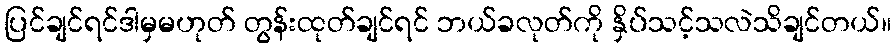
ပြင်ချင်ရင်ဒါမှမဟုတ် တွန်းထုတ်ချင်ရင် ဘယ်ခလုတ်ကို နှိပ်သင့်သလဲသိချင်တယ်။